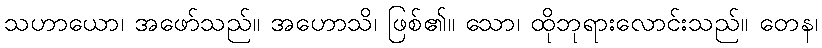
သဟာယော၊ အဖော်သည်။ အဟောသိ၊ ဖြစ်၏။ သော၊ ထိုဘုရားလောင်းသည်။ တေန၊